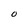
Character: O